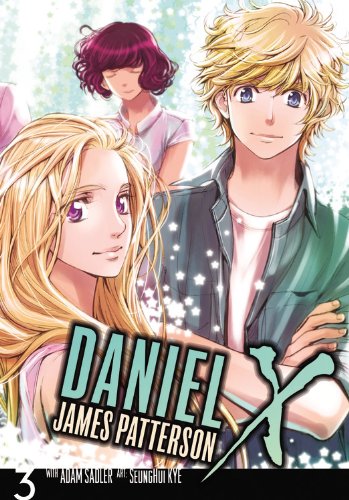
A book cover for Daniel X: The Manga, Vol. 3; James Patterson; Comics & Graphic Novels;